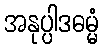
အနုပ္ပါဒဓမ္မံ